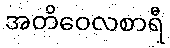
အတိဝေလစာရီ